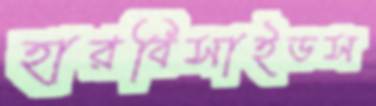
হারবিসাইডস